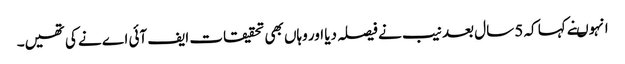
انہوںنے کہا کہ 5 سال بعد نیب نے فیصلہ دیا اور وہاں بھی تحقیقات ایف آئی اے نے کی تھیں۔